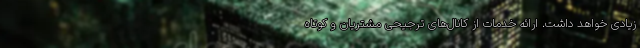
زیادی خواهد داشت. ارائه خدمات از کانال‌های ترجیحی مشتریان و کوتاه